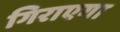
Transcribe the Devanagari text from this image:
गिराएगा